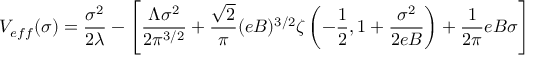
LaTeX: V _ { e f f } ( \sigma ) = { \frac { \sigma ^ { 2 } } { 2 \lambda } } - \left[ \frac { \Lambda \sigma ^ { 2 } } { 2 \pi ^ { 3 / 2 } } + \frac { \sqrt { 2 } } { \pi } ( e B ) ^ { 3 / 2 } \zeta \left( - \frac { 1 } { 2 } , 1 + \frac { \sigma ^ { 2 } } { 2 e B } \right) + \frac { 1 } { 2 \pi } e B \sigma \right]